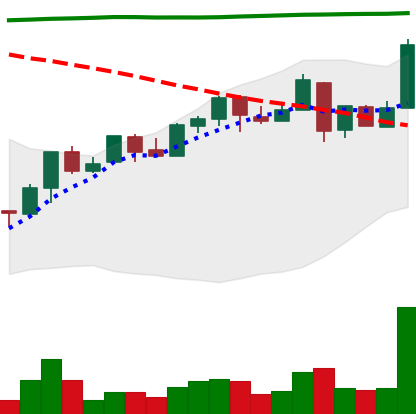
Ticker: NEO-USD
Chart end date: 2018-04-29
Forward return: -7.48%
Label: down_7plus